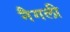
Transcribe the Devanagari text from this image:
नैगली